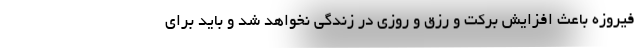
فیروزه باعث افزایش برکت و رزق و روزی در زندگی نخواهد شد و باید برای